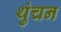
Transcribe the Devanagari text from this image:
थुंचन